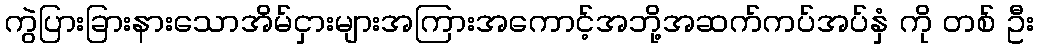
ကွဲပြားခြားနားသောအိမ်ငှားများအကြားအကောင့်အဘို့အဆက်ကပ်အပ်နှံ ကို တစ် ဦး